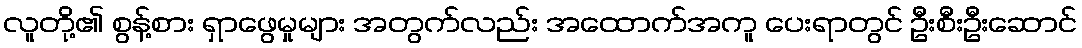
လူတို့၏ စွန့်စား ရှာဖွေမှုများ အတွက်လည်း အထောက်အကူ ပေးရာတွင် ဦးစီးဦးဆောင်